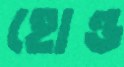
হোন্ড